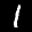
Label: 1